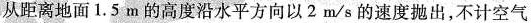
从距离地面1.5m的高度沿水平方向以2m/s的速度抛出，不计空气